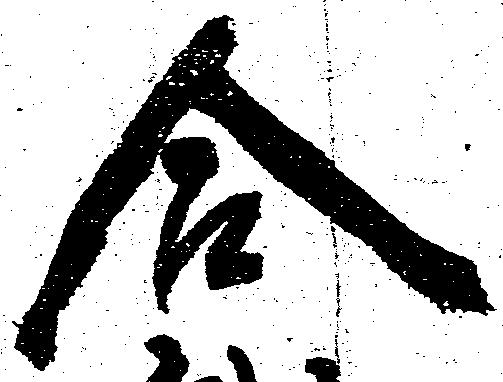
合